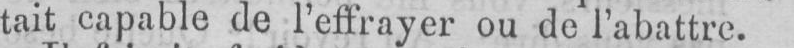
tait capable de l’effrayer ou de l’abattre.